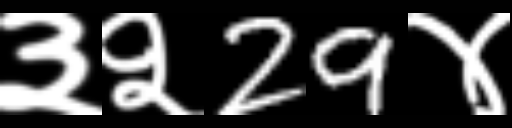
Text: ३२29४